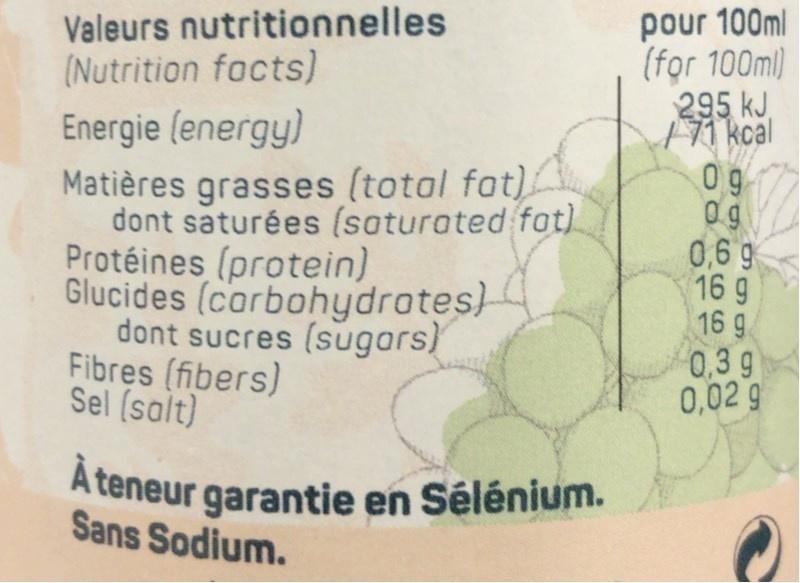
pour 100ml (for 100ml) 295 kJ. 1 71 kcal 0g 0g 0,6 9 16 9 16 g 0,3 9 0,02 g
Valeurs nutritionnelles (Nutrition facts)
Energie (energy)
Matières grasses (total fat) dont saturées (soturated fot) Protéines (protein) Glucides (corbohydrotes) dont sucres (sugars) Fibres (fibers) Sel (salt)
À teneur garantie en Sélénium. Sans Sodium.